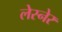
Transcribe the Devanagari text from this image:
लेस्नेर